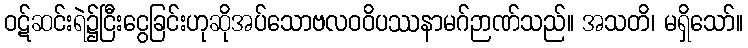
ဝဋ်ဆင်းရဲ၌ငြီးငွေခြင်းဟုဆိုအပ်သောဗလဝဝိပဿနာမဂ်ဉာဏ်သည်။ အသတိ၊ မရှိသော်။